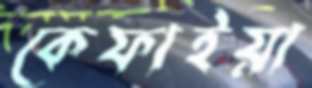
কেফাইয়া